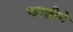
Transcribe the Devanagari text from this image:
फरशीने